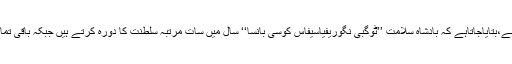
انہوں نے لڈ وک شیفن کے علاقے میں ورکشاپ کھول رکھی ہے،بتایاجاتاہے کہ بادشاہ سلامت ’’ٹوگبی نگوریفیاسیفاس کوسی بانسا‘‘ سال میں سات مرتبہ سلطنت کا دورہ کرتے ہیں جبکہ باقی تمام دن وہ اپنے ملک پرسکائپ کے ذریعے حکمرانی کرتے ہیں۔